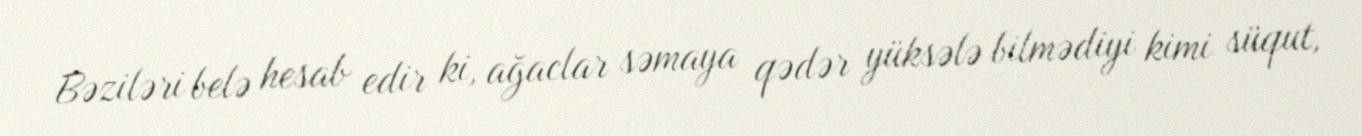
Bəziləri belə hesab edir ki, ağaclar səmaya qədər yüksələ bilmədiyi kimi süqut,